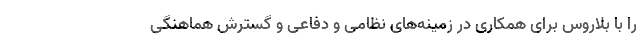
را با بلاروس برای همکاری در زمینه‌های نظامی و دفاعی و گسترش هماهنگی